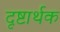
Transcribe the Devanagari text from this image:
दृष्टार्थक